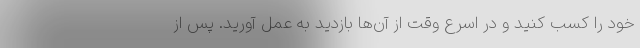
خود را کسب کنید و در اسرع وقت از آن‌ها بازدید به عمل آورید. پس از